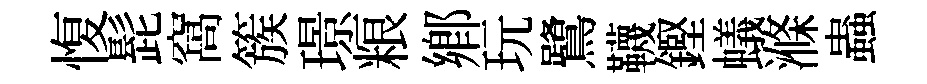
愎髭窩簇璟粮鄕玩鷺韈鏗蟻滌蟲